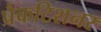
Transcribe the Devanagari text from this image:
प्रैकटिशनर